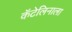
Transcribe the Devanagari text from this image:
कॅटेलिनाला